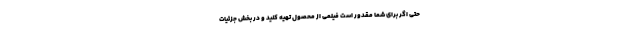
حتی اگر برای شما مقدور است فیلمی از محصول تهیه کنید و در بخش جزئیات